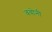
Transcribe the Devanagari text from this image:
ववोनी